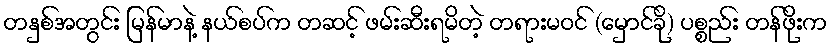
တနှစ်အတွင်း မြန်မာနဲ့ နယ်စပ်က တဆင့် ဖမ်းဆီးရမိတဲ့ တရားမဝင် (မှောင်ခို) ပစ္စည်း တန်ဖိုးက